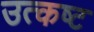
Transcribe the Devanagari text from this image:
उत्कष्ट